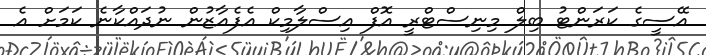
އޭސީގެ ކަރަންޓު ބިލް މިނިސްޓްރީ އޮފް އިސްލާމިކް އެފެއާޒުން ނުދައްކާނެ ކަމަށް އެ